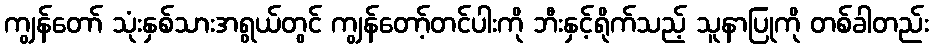
ကျွန်တော် သုံးနှစ်သားအရွယ်တွင် ကျွန်တော့်တင်ပါးကို ဘီးနှင့်ရိုက်သည့် သူနာပြုကို တစ်ခါတည်း